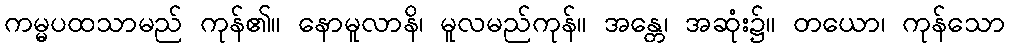
ကမ္မပထသာမည် ကုန်၏။ နောမူလာနိ၊ မူလမည်ကုန်။ အန္တေ၊ အဆုံး၌။ တယော၊ ကုန်သော